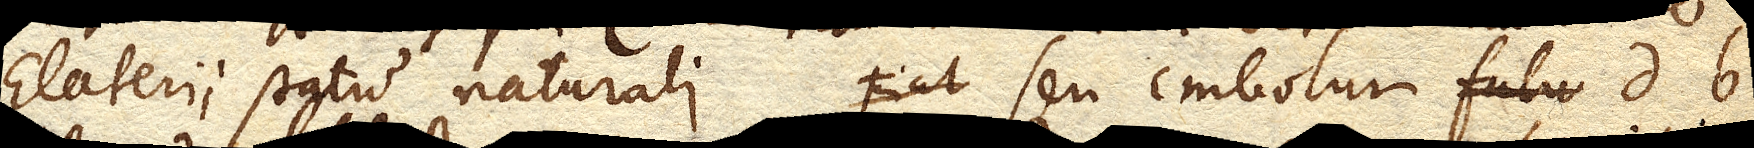
Elaterii statu naturali, seu embolum db.